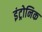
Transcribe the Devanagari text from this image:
इंट्रोनिक